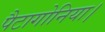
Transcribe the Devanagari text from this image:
पैटागोनिया।